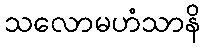
သလောမဟံသာနိ